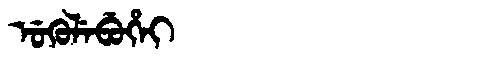
Manchu: ᡠᡴᡠᠯᡝᠪᡠᡥᡝᡳ
Romanization: UKULEBUHEI